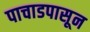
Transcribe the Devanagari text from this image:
पाचाडपासून